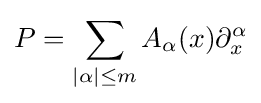
P=\sum _{|\alpha |\leq m}A_{\alpha }(x)\partial _{x}^{\alpha }